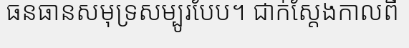
ធនធានសមុទ្រសម្បូរបែប។ ជាក់ស្តែងកាលពី